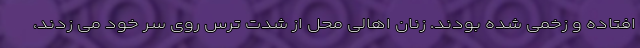
افتاده و زخمی شده بودند. زنان اهالی محل از شدت ترس روی سر خود می زدند،